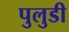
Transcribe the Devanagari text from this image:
पुलुडी